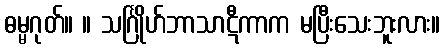
ဓမ္မဂုတ်။ ။ သင်္ဂြိုဟ်ဘာသာဋီကာက မပြီးသေးဘူးလား။